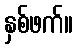
နှစ်ဖက်။